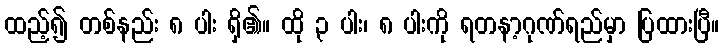
ထည့်၍ တစ်နည်း ၈ ပါး ရှိ၏။ ထို ၃ ပါး၊ ၈ ပါးကို ရတနာ့ဂုဏ်ရည်မှာ ပြထားပြီ။